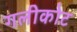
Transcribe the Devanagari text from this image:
गलीकोट